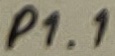
Text: P1.1